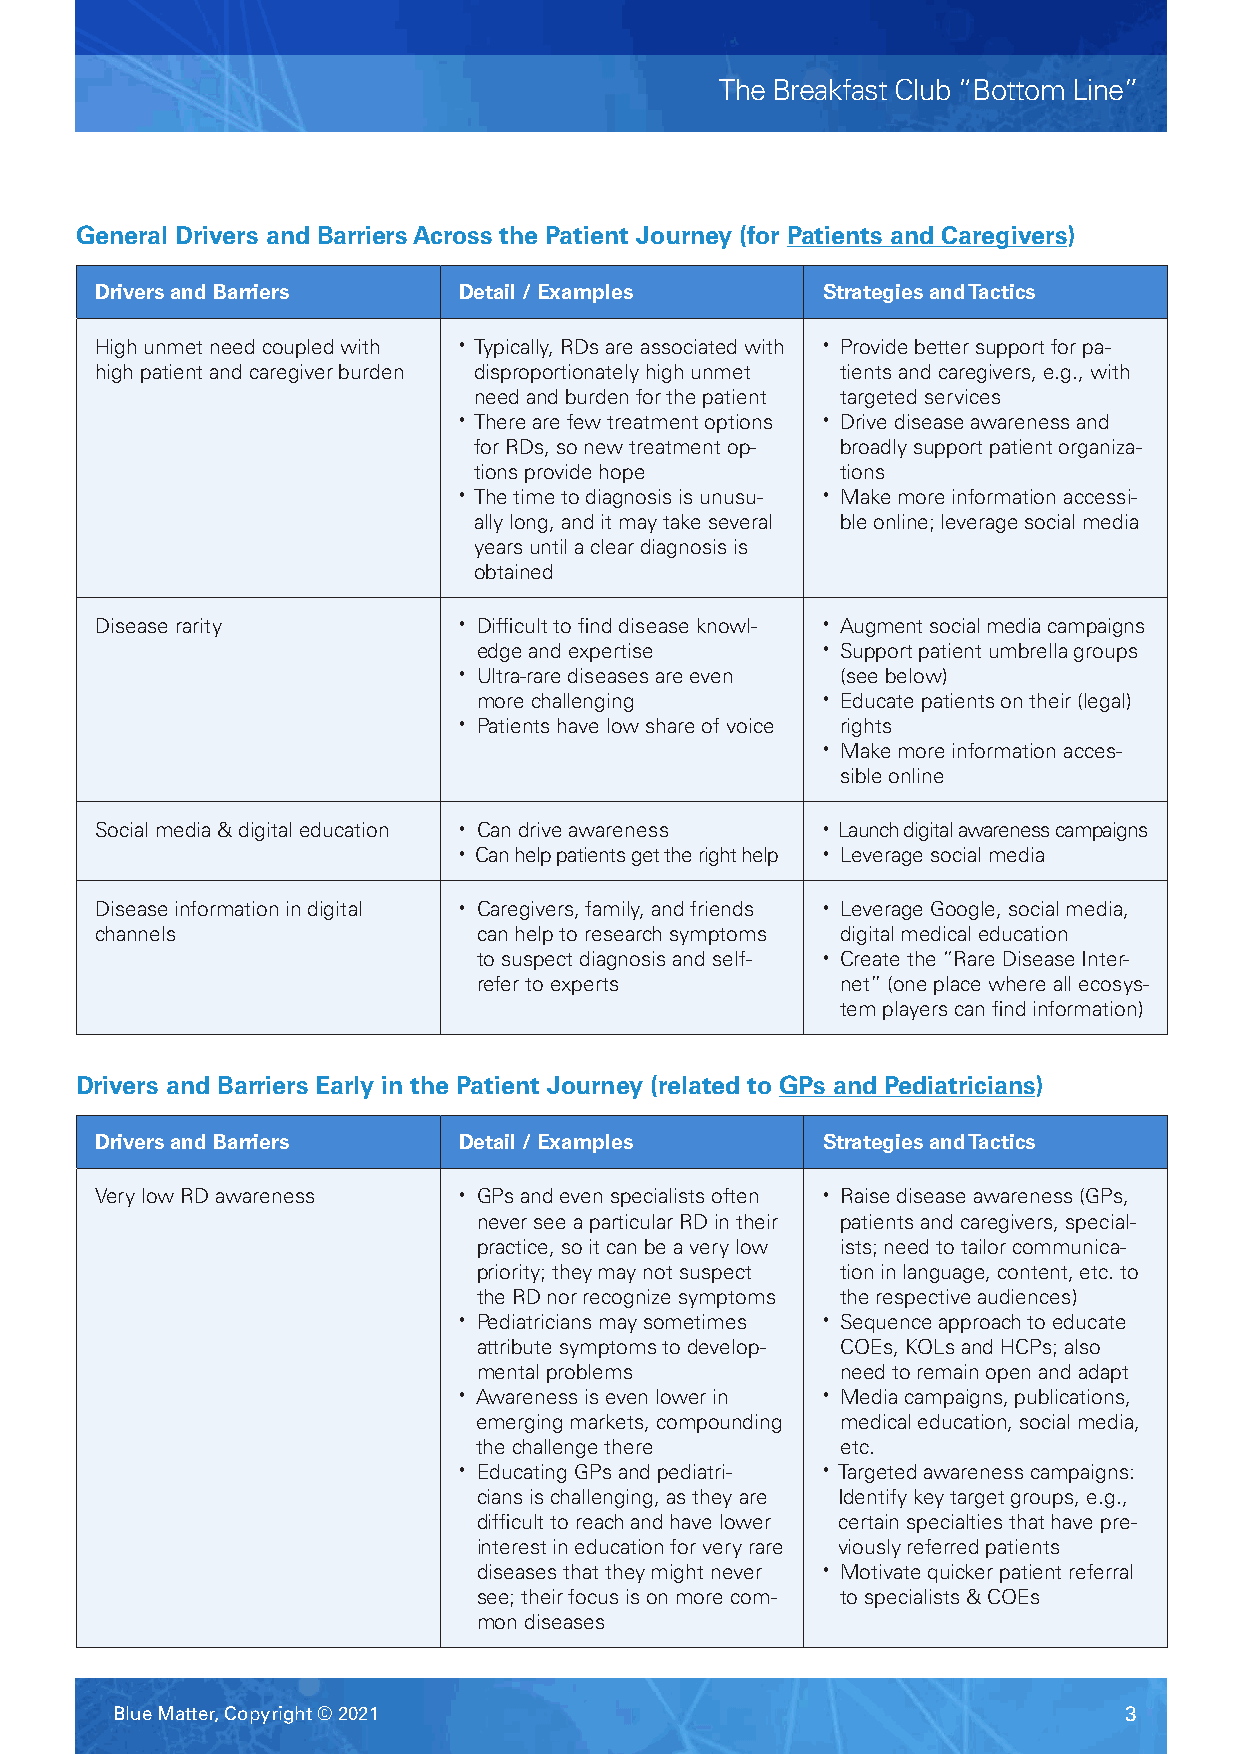
The Breakfast Club “Bottom Line”
 General Drivers and Barriers Across the Patient Journey (for Patients and Caregivers)
 Drivers and Barriers    Detail / Examples       Strategies and Tactics
 High unmet need coupled with • Typically, RDs are associated with • Provide better support for pa-
 high patient and caregiver burden disproportionately high unmet tients and caregivers, e.g., with
 need and burden for the patient targeted services
 • There are few treatment options • Drive disease awareness and
 for RDs, so new treatment op- broadly support patient organiza-
 tions provide hope       tions
 • The time to diagnosis is unusu- • Make more information accessi-
 ally long, and it may take several ble online; leverage social media
 years until a clear diagnosis is
 obtained
 Disease rarity          • Difficult to find disease knowl- • Augment social media campaigns
 edge and expertise    • Support patient umbrella groups
 • Ultra-rare diseases are even (see below)
 more challenging      • Educate patients on their (legal)
 • Patients have low share of voice rights
 • Make more information acces-
 sible online
 Social media & digital education • Can drive awareness • L aunch digital awareness campaigns
 • C an help patients get the right help • Leverage social media
 Disease information in digital • Caregivers, family, and friends • Leverage Google, social media,
 channels                  can help to research symptoms digital medical education
 to suspect diagnosis and self- • Create the “Rare Disease Inter-
 refer to experts        net” (one place where all ecosys-
 tem players can find information)
 Drivers and Barriers Early in the Patient Journey (related to GPs and Pediatricians)
 Drivers and Barriers    Detail / Examples       Strategies and Tactics
 Very low RD awareness   • GPs and even specialists often • Raise disease awareness (GPs,
 never see a particular RD in their patients and caregivers, special-
 practice, so it can be a very low ists; need to tailor communica-
 priority; they may not suspect tion in language, content, etc. to
 the RD nor recognize symptoms the respective audiences)
 • Pediatricians may sometimes • Sequence approach to educate
 attribute symptoms to develop- COEs, KOLs and HCPs; also
 mental problems         need to remain open and adapt
 • Awareness is even lower in • Media campaigns, publications,
 emerging markets, compounding medical education, social media,
 the challenge there     etc.
 • Educating GPs and pediatri- • Targeted awareness campaigns:
 cians is challenging, as they are Identify key target groups, e.g.,
 difficult to reach and have lower certain specialties that have pre-
 interest in education for very rare viously referred patients
 diseases that they might never • Motivate quicker patient referral
 see; their focus is on more com- to specialists & COEs
 mon diseases
 Blue Matter, Copyright © 2021                                      3